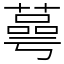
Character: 蕚